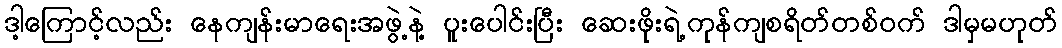
ဒါ့ကြောင့်လည်း နေကျန်းမာရေးအဖွဲ့နဲ့ ပူးပေါင်းပြီး ဆေးဖိုးရဲ့ကုန်ကျစရိတ်တစ်ဝက် ဒါမှမဟုတ်